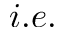
i . e .